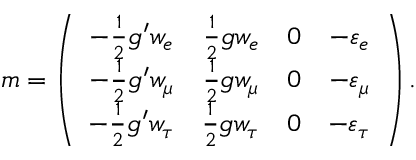
m = \left( \begin{array} { c c c c } { { - { \frac { 1 } { 2 } } g ^ { \prime } w _ { e } } } & { { { \frac { 1 } { 2 } } g w _ { e } } } & { { 0 } } & { { - \varepsilon _ { e } } } \\ { { - { \frac { 1 } { 2 } } g ^ { \prime } w _ { \mu } } } & { { { \frac { 1 } { 2 } } g w _ { \mu } } } & { { 0 } } & { { - \varepsilon _ { \mu } } } \\ { { - { \frac { 1 } { 2 } } g ^ { \prime } w _ { \tau } } } & { { { \frac { 1 } { 2 } } g w _ { \tau } } } & { { 0 } } & { { - \varepsilon _ { \tau } } } \end{array} \right) .